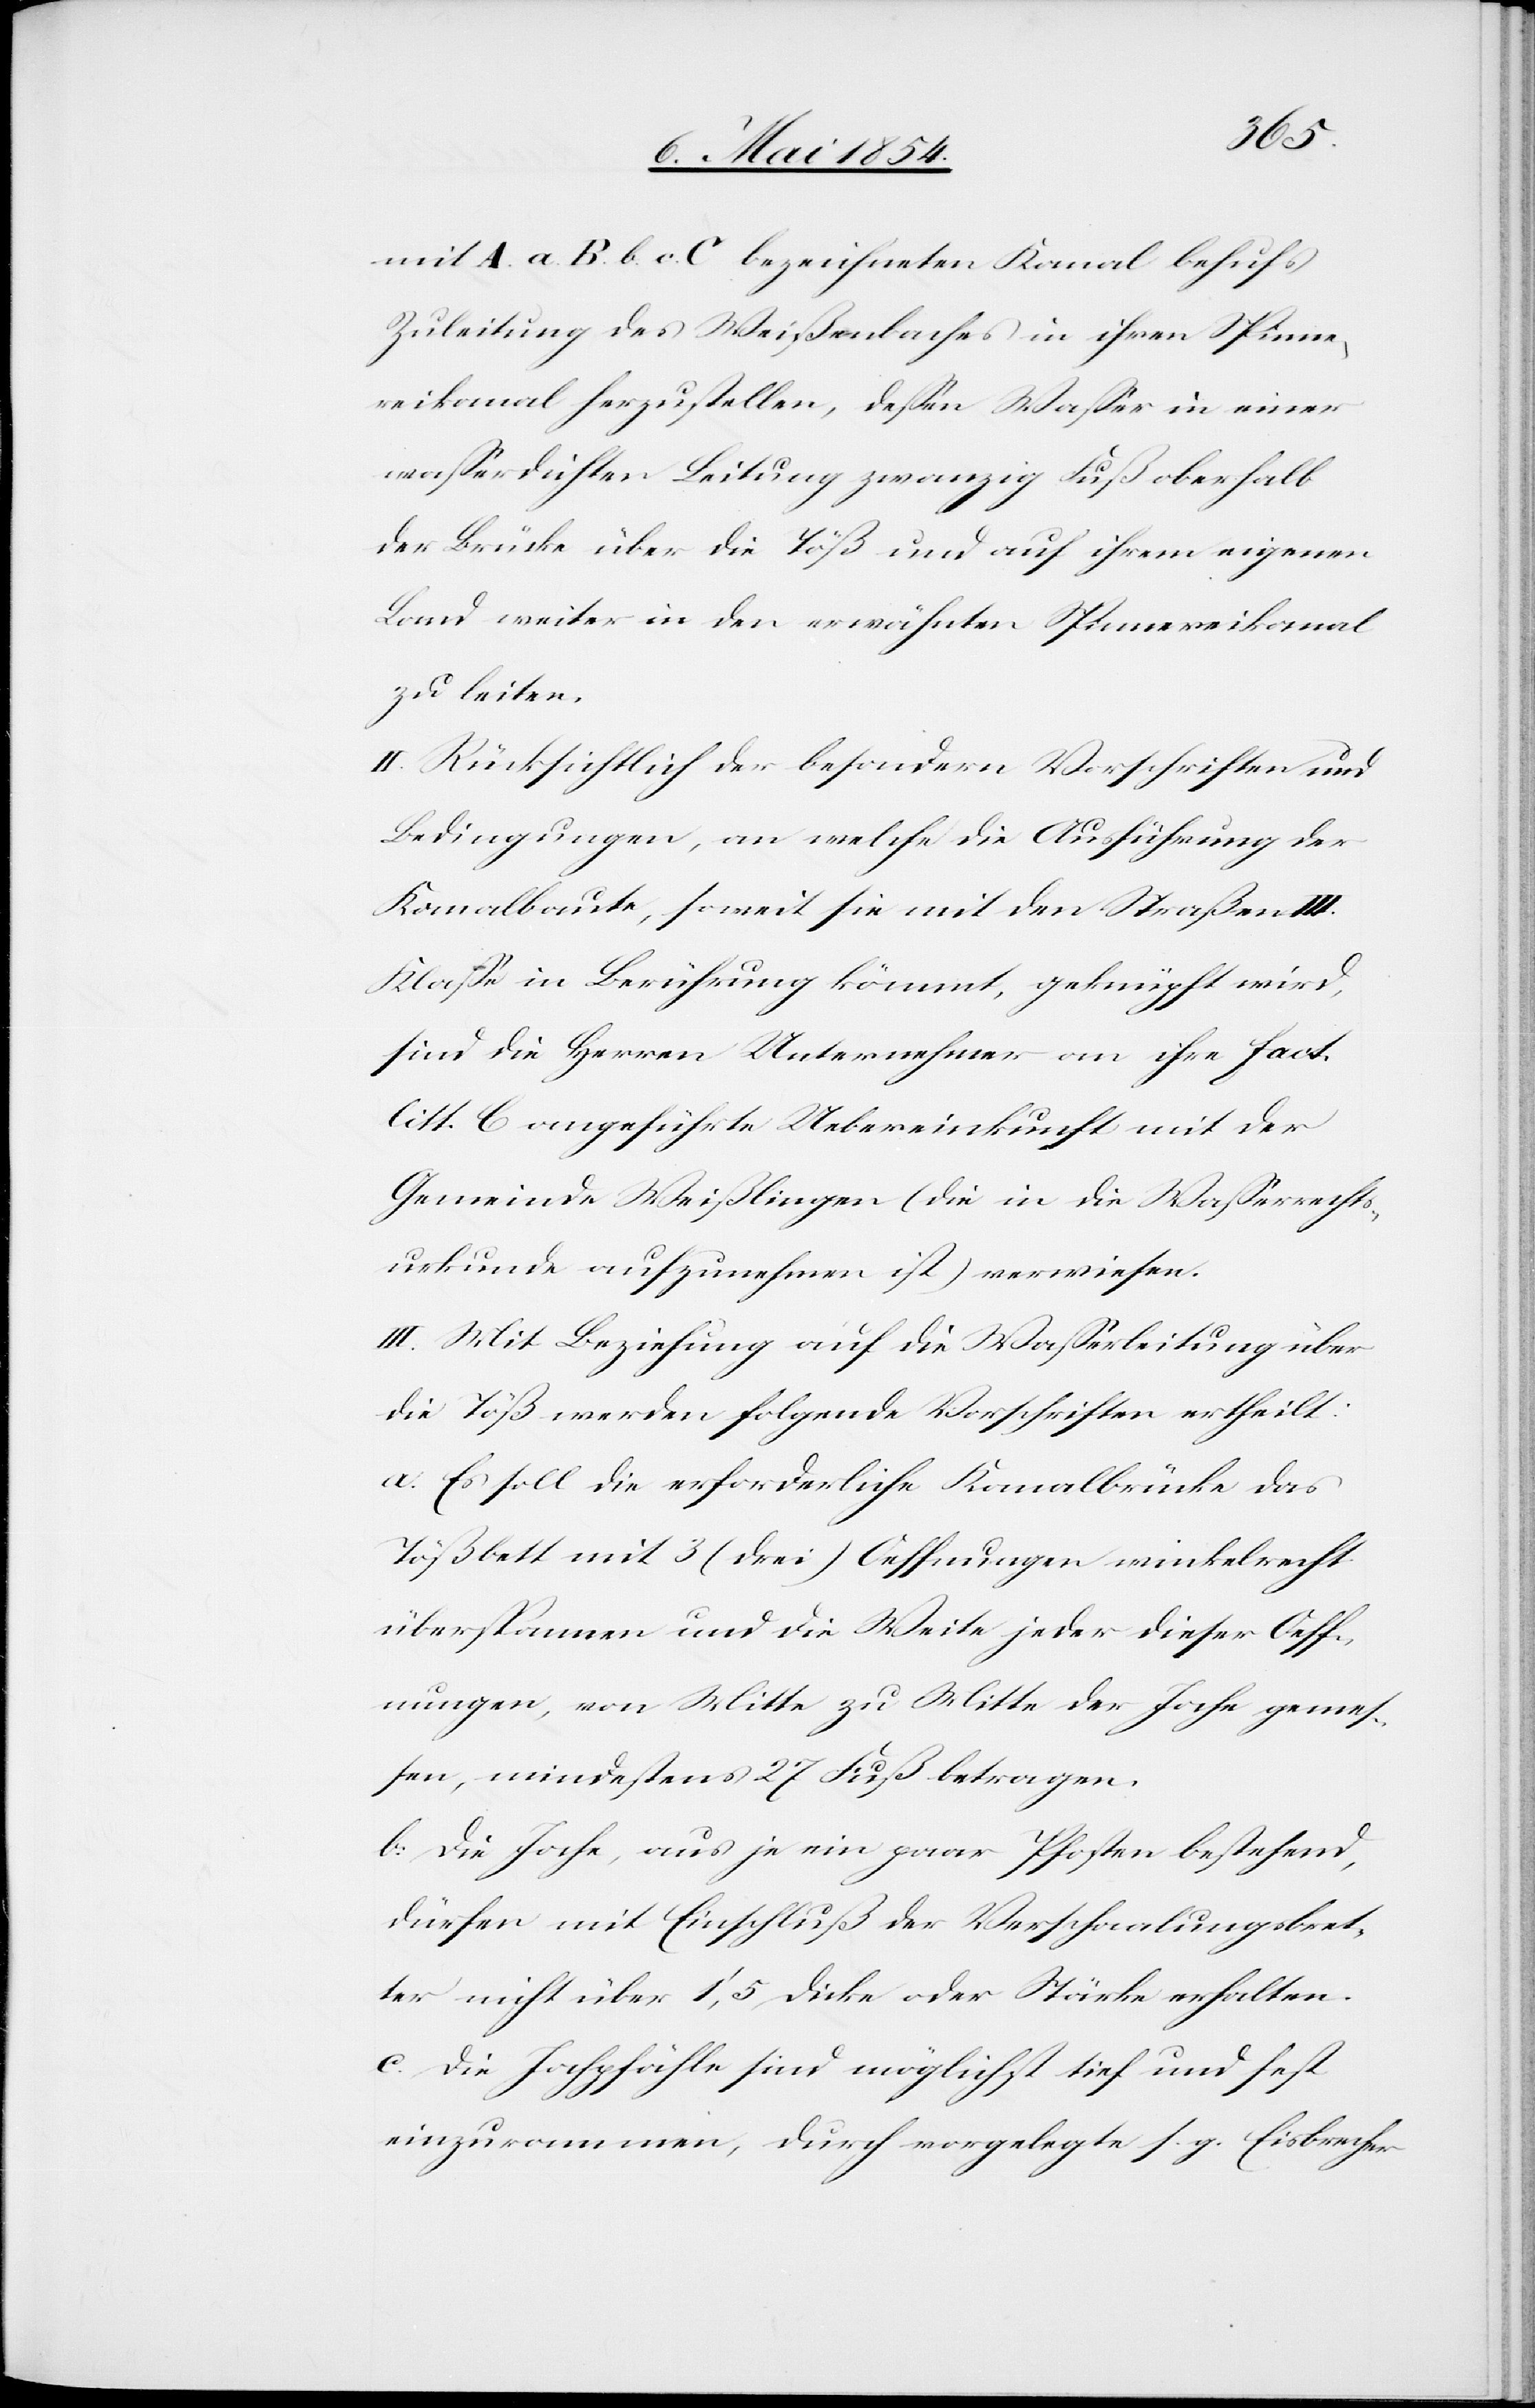
mit A. a. B. v. c. C. bezeichneten Kanal behufs
Zuleitung des Weißenbaches in ihren Spinne¬
reikanal herzustellen, deßen Waßer in einer
waßerdichten Leitung zwanzig Fuß oberhalb
der Brücke über die Töß und auf ihrem eigenen
Land weiter in den erwähnten Spinnereikanal
zu leiten.
II. Rücksichtlich der besondern Vorschriften und
Bedingungen, an welche die Ausführung der
Kanalbaute, soweit sie mit den Straßen III.
Klaße in Berührung kömmt, geknüpft wird,
sind die Herren Unternehmer an ihre fact.
litt. C angeführte Uebereinkunft mit der
Gemeinde Weißlingen (die in die Waßerrechts¬
urkunde aufzunehmen ist) verwiesen.
III. Mit Beziehung auf die Waßerleitung über
die Töß werden folgende Vorschriften ertheilt:
a. Es soll die erforderliche Kanalbrücke das
Tößbett mit 3 (drei) Oeffnungen winkelrecht
überspannen und die Weite jeder dieser Oeff¬
nungen, von Mitte zu Mitte der Joche geme¬
ßen, mindestens 27 Fuß betragen.
b. Die Joche, aus je ein paar Pfosten bestehend,
dürfen mit Einschluß der Verschaalungsbret¬
ter nicht über 1‘,5 Dicke oder Stärke erhalten.
c. Die Jochpfähle sind möglichst tief und fest
einzurammen, durch vorgelegte s. g. Eisbrecher